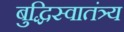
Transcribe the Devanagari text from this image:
बुद्धिस्वातंत्र्य